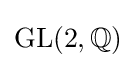
{\text{GL}}(2,\mathbb {Q} )